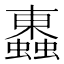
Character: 𧓕